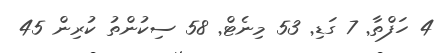
4 ހަފްތާ